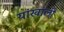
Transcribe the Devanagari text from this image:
यांखाली